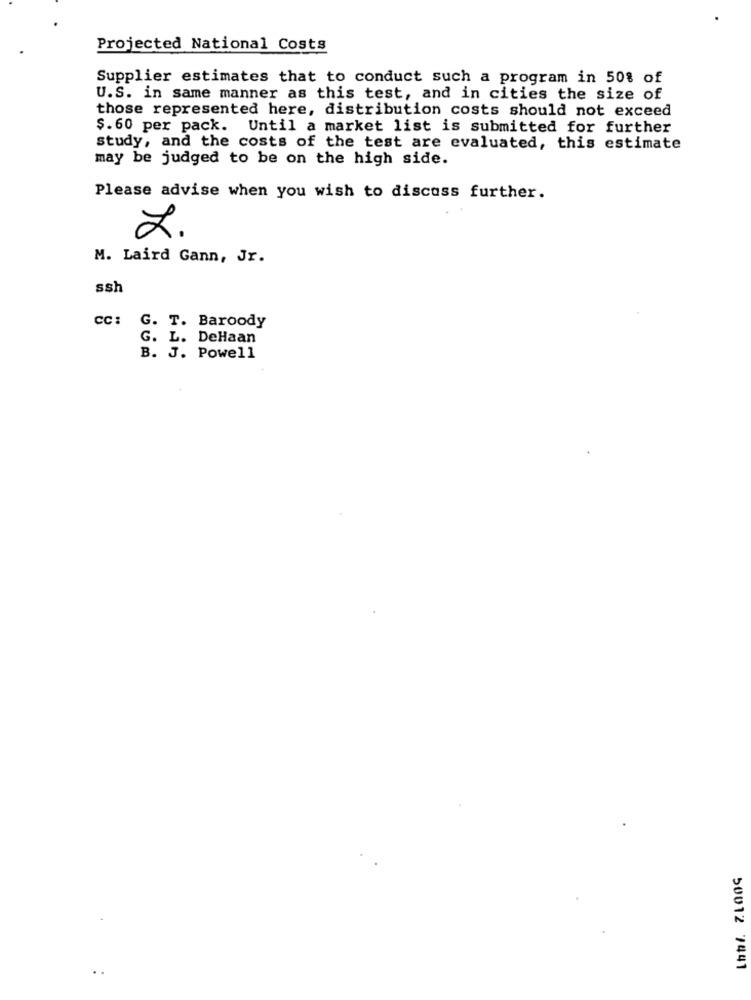
Projected National Costs
Supplier estimates that to conduct such a program in 50% of
U.S. in same manner as this test, and in cities the size of
those represented here, distribution costs should not exceed
$. 60 per pack. Until a market list is submitted for further
study, and the costs of the test are evaluated, this estimate
may be judged to be on the high side.
Please advise when you wish to discuss further.
2.
M. Laird Gann, Jr.
ssh
CC :
G. T. Baroody
G. L. DeHaan
B. J. Powell
50012 7441